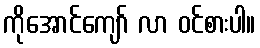
ကိုအောင်ကျော် လာ ဝင်စားပါ။